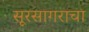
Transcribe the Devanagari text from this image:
सूरसागराचा